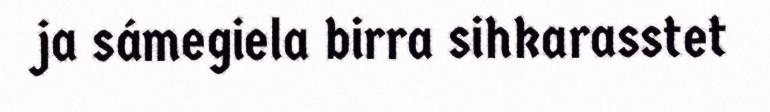
ja sámegiela birra sihkarasstet